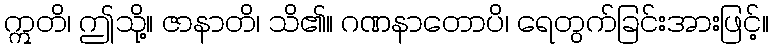
ဣတိ၊ ဤသို့။ ဇာနာတိ၊ သိ၏။ ဂဏနာတောပိ၊ ရေတွက်ခြင်းအားဖြင့်။